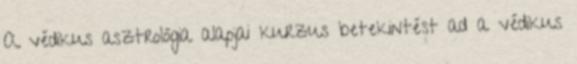
A védikus asztrológia alapjai kurzus betekintést ad a védikus